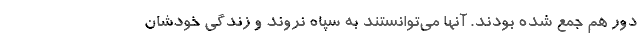
دور هم جمع شده بودند. آنها می‌توانستند به سپاه نروند و زندگی خودشان